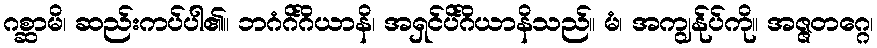
ဂစ္ဆာမိ၊ ဆည်းကပ်ပါ၏။ ဘဂံဂိင်္ဂိယာနိ၊ အရှင်ပိင်္ဂိယာနိသည်။ မံ၊ အကျွန်ုပ်ကို။ အဇ္ဇတဂ္ဂေ၊